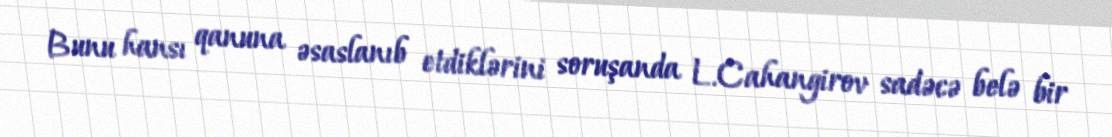
Bunu hansı qanuna əsaslanıb etdiklərini soruşanda L.Cahangirov sadəcə belə bir